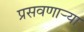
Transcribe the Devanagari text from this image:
प्रसवणार्‍या